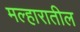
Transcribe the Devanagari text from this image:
मल्हारातील